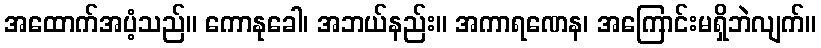
အထောက်အပံ့သည်။ ကောနုခေါ၊ အဘယ်နည်း။ အကာရဏေန၊ အကြောင်းမရှိဘဲလျက်။